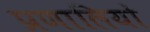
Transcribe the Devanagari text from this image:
प्रणालियों